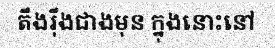
តឹងរ៉ឹងជាងមុន ក្នុងនោះនៅ